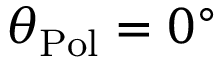
\theta _ { \mathrm { P o l } } = 0 ^ { \circ }